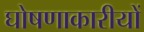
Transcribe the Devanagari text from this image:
घोषणाकारीयों